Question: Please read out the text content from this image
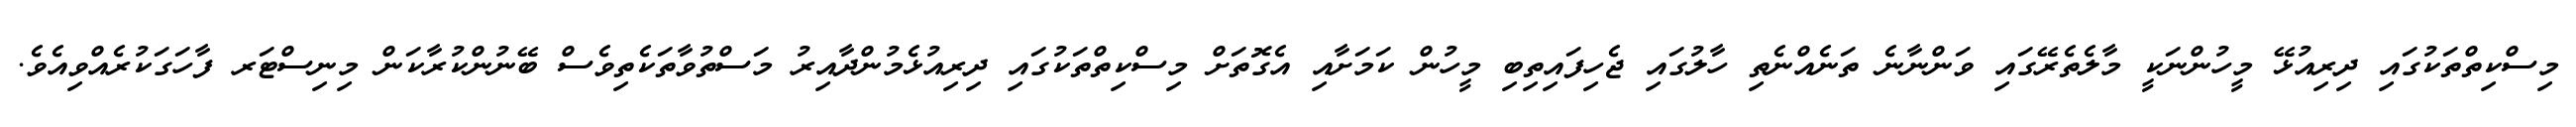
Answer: މިސްކިތްތަކުގައި ދިރިއުޅޭ މީހުންނަކީ މާލެތެރޭގައި ވަންނާނެ ތަނެއްނެތި ހާލުގައި ޖެހިފައިތިބި މީހުން ކަމަށާއި އެގޮތަށް މިސްކިތްތަކުގައި ދިރިއުޅެމުންދާއިރު މަސްތުވާތަކެތިވެސް ބޭނުންކުރާކަން މިނިސްޓަރ ފާހަގަކުރެއްވިއެވެ.